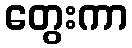
တွေးကာ